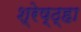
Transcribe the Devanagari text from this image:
श्रेष्ठ्हा